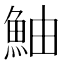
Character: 鮋